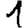
Digit: 1